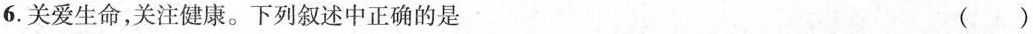
6.关爱生命，关注健康。下列叙述中正确的是 ()